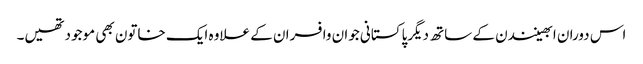
اس دوران ابھینندن کے ساتھ دیگرپاکستانی جوان وافسران کے علاوہ ایک خاتون بھی موجودتھیں۔